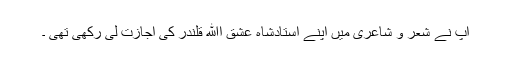
آپ نے شعر و شاعری میں اپنے استادشاہ عشق اﷲ قلندر کی اجازت لی رکھی تھی ۔